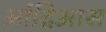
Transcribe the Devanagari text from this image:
आंद्रिआस